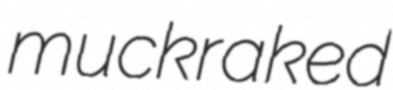
muckraked